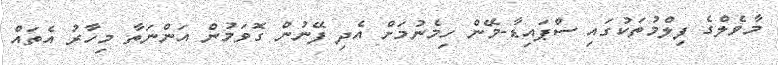
މާވެލްގެ ފިލްމުތަކުގައި ސްޕައިޑާ-މޭން ހިމެނުމަށް އެދި ފޭނުން ގޮވަމުން އަންނަތާ މިހާރު އެތައް